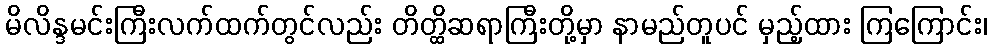
မိလိန္ဒမင်းကြီးလက်ထက်တွင်လည်း တိတ္ထိဆရာကြီးတို့မှာ နာမည်တူပင် မှည့်ထား ကြကြောင်း၊